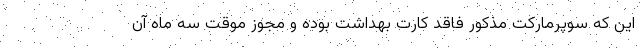
این که سوپرمارکت مذکور فاقد کارت بهداشت بوده و مجوز موقت سه ماه آن